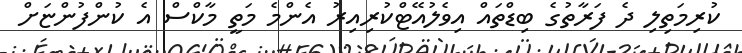
ކުރިމަތިލި ދެ ފަރާތުގެ ބިޑްތައް އިވެލުއޭޓްކުރިއިރު އެންމެ މަތީ މާކްސް އެ ކުންފުންޏަށް